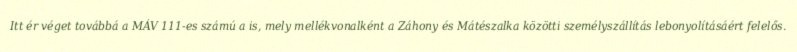
Itt ér véget továbbá a MÁV 111-es számú a is, mely mellékvonalként a Záhony és Mátészalka közötti személyszállítás lebonyolításáért felelős.